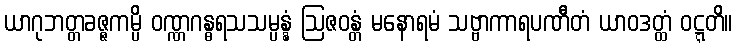
ယာဂုဘတ္တခဇ္ဇကမ္ပိ ဝဏ္ဏဂန္ဓရသသမ္ပန္နံ ဩဇဝန္တံ မနောရမံ သဗ္ဗာကာရပဏီတံ ယာဝဒတ္ထံ ဝဋ္ဋတိ။